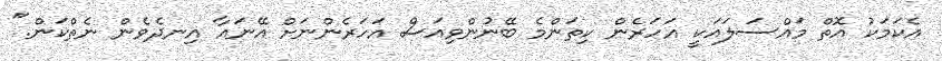
އެކަމަކު އޮތް މައްސަލައަކީ އަހަރެން ކިތަންމެ ބޭނުންވިއަސް އަހަރެންނަށް އޭނައާ އިނދެވެން ނެތްކަން."